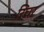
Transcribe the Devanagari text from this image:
रिचर